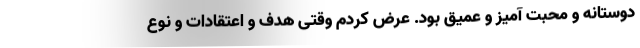
دوستانه و محبت آمیز و عمیق بود. عرض کردم وقتی هدف و اعتقادات و نوع